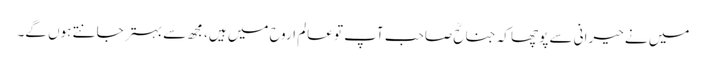
میں نے حیرانی سے پوچھا کہ جناحؒ صاحب آپ تو عالم اروح میں ہیں، مجھ سے بہتر جانتے ہوں گے۔